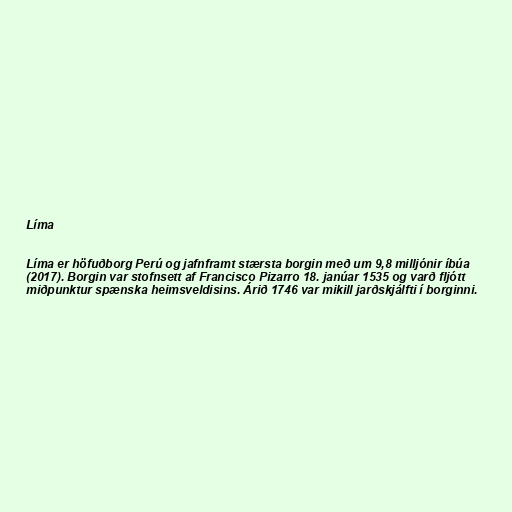
Líma

Líma er höfuðborg Perú og jafnframt stærsta borgin með um 9,8 milljónir íbúa
(2017). Borgin var stofnsett af Francisco Pizarro 18. janúar 1535 og varð fljótt
miðpunktur spænska heimsveldisins. Árið 1746 var mikill jarðskjálfti í borginni.